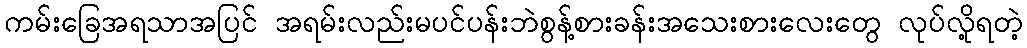
ကမ်းခြေအရသာအပြင် အရမ်းလည်းမပင်ပန်းဘဲစွန့်စားခန်းအသေးစားလေးတွေ လုပ်လို့ရတဲ့